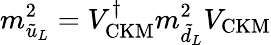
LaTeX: m_{\tilde{u}_{L}}^{2}=V_{\mathrm{CKM}}^{\dagger}m_{\tilde{d}_{L}}^{2}V_{\mathrm{CKM}}